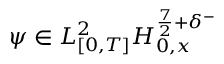
\psi \in L _ { [ 0 , T ] } ^ { 2 } H _ { 0 , x } ^ { \frac { 7 } { 2 } + \delta ^ { - } }